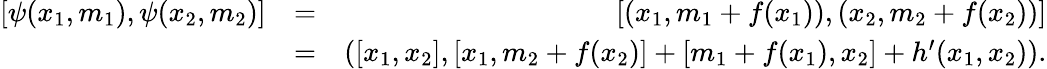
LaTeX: \begin{array}{rlr}{[\psi(x_{1},m_{1}),\psi(x_{2},m_{2})]}&{=}&{[(x_{1},m_{1}+f(x_{1})),(x_{2},m_{2}+f(x_{2}))]}\\ &{=}&{([x_{1},x_{2}],[x_{1},m_{2}+f(x_{2})]+[m_{1}+f(x_{1}),x_{2}]+h^{\prime}(x_{1},x_{2})).}\end{array}